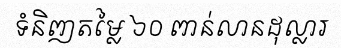
ទំនិញតម្លៃ ៦០ ពាន់លានដុល្លារ